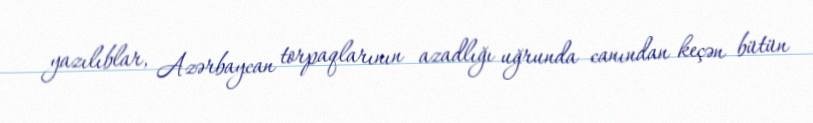
yazılıblar, Azərbaycan torpaqlarının azadlığı uğrunda canından keçən bütün